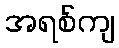
အရစ်ကျ